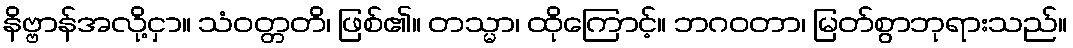
နိဗ္ဗာန်အလို့ငှာ။ သံဝတ္တတိ၊ ဖြစ်၏။ တသ္မာ၊ ထိုကြောင့်။ ဘဂဝတာ၊ မြတ်စွာဘုရားသည်။